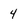
Character: 4